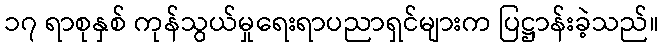
၁၇ ရာစုနှစ် ကုန်သွယ်မှုရေးရာပညာရှင်များက ပြဋ္ဌာန်းခဲ့သည်။